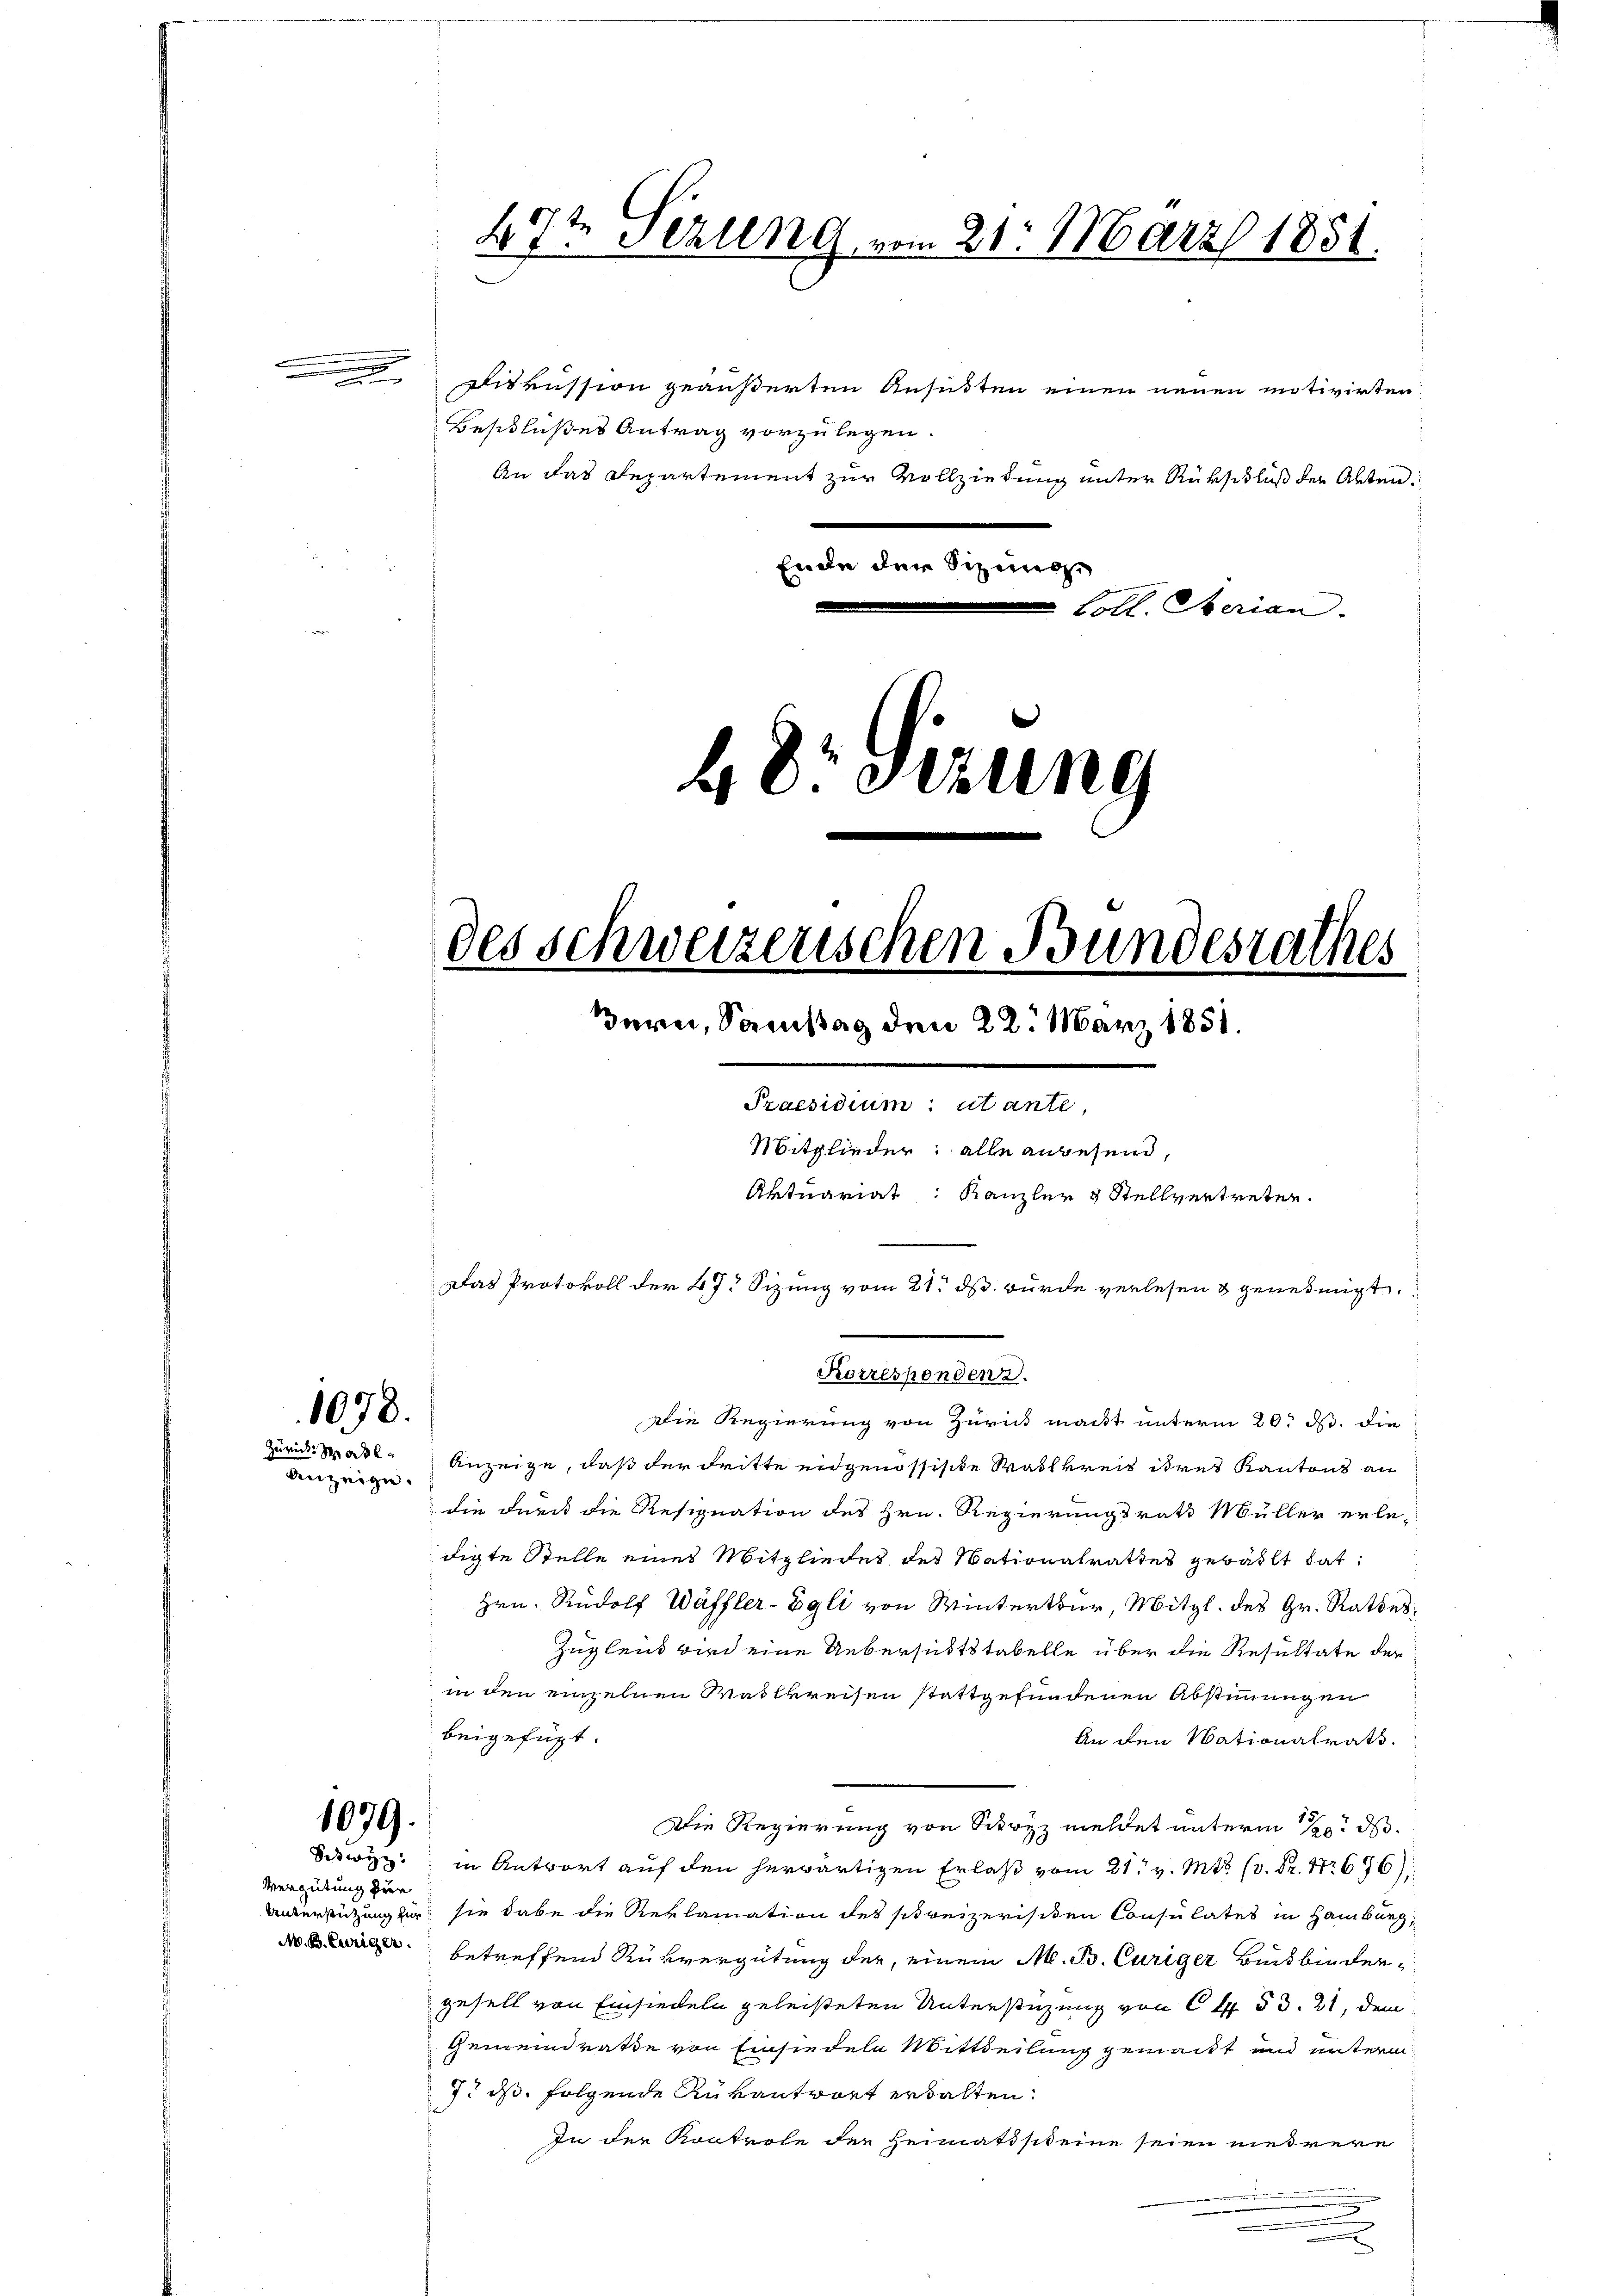
1078.
Zürich Straße

Anzeige.

1079.
Sckwyz:

Vergütung zur
N. B. Euriger.

An das Separtement zur Vollziehung unter Rükschluß der Akten.
Ende der Sieg

472 Sezung vom 21. März 1851.
Diskussion geäußerten Ansuchten einen neuen motivirten:
Beschlußes Antrag vorzulegen.

Loll. Serian.
48 Sizung
des Schweizerischen Bundesrathes
ern, Samstag den 22. März 1851.
Praesidium: utante,
Mitglieder: alle angesend,
Aktuariat: Kanzler & Stellvertreten.
Das Protokoll der 47. Sizung vom 21. ds. wurde verlesen & genehmigt.

Korrespenden d.

Die Regierung von Zurück macht unterm 20. ds. die
Anzeige, daß der dritte eidgenössische Wahlkreis ihres Kantons an
die durch die Resignation des Hrn. Regierungsrath Müller erle-
digte Stelle eines Mitgliedes des Nationalrathes gewählt hat,
Hrn. Rudolf Wäffler-Egli von Winterthur, Mitgl. des Gr. Rathes,
Zugleit wird eine Uebersichtstabelle über die Resultate der
in den einzelnen Wahlkreisen stattgefundenen Abstimmungen
beigefügt.
An den Nationalrats.
Die Regierung von Schwyz meldet unterm 10. ds.
in Antwort auf den herwärtigen Erlaß vom 21. v. Mts. (v. Fr. 1676
Unterstützung zur sie habe die Reklamation des schreizerisiten Consulates in Hamburg,
betreffend Rukvergütung der, einem M. B. Curiger Buchbindengesell von Einsiedeln geleisteten Unterstüzung von 6 f 53. 21, dem
Gemeindrathe von Einsiedeln Mittheilung gemacht und unterm
7t ds folgende Rurantwort erwalten.
In der Kontrole der Heimatssteine seien niedrere
.